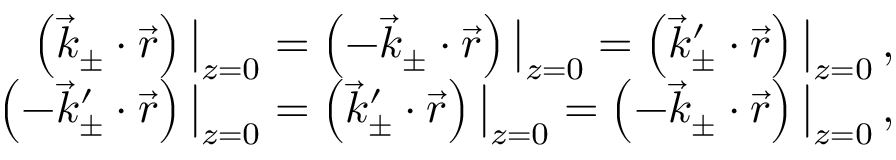
\begin{array} { r } { \left( \vec { k } _ { \pm } \cdot \vec { r } \right) \big | _ { z = 0 } = \left( - \vec { k } _ { \pm } \cdot \vec { r } \right) \big | _ { z = 0 } = \left( \vec { k } _ { \pm } ^ { \prime } \cdot \vec { r } \right) \big | _ { z = 0 } \, , } \\ { \left( - \vec { k } _ { \pm } ^ { \prime } \cdot \vec { r } \right) \big | _ { z = 0 } = \left( \vec { k } _ { \pm } ^ { \prime } \cdot \vec { r } \right) \big | _ { z = 0 } = \left( - \vec { k } _ { \pm } \cdot \vec { r } \right) \big | _ { z = 0 } \, , } \end{array}